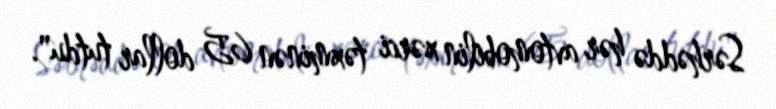
Sərhəddə hər avtomobilin xərci təxminən 65 dollar tutdu".